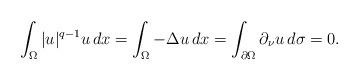
LaTeX: \begin{align*} \int_{\Omega}|u|^{q-1}u\, dx=\int_{\Omega}-\Delta u \, dx= \int_{\partial \Omega}\partial_\nu u\, d\sigma=0.\end{align*}